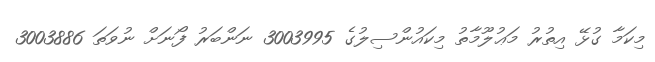
މިކަމާ ގުޅޭ އިތުރު މަޢުލޫމާތު މިކައުންސިލުގެ 3003995 ނަންބަރު ފޯނަށް ނުވަތަ 3003886